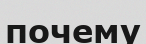
почему